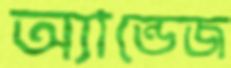
অ্যান্ডেজ